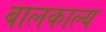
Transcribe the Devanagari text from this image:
बालकाल्य